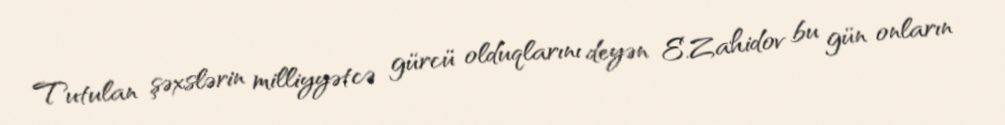
Tutulan şəxslərin milliyyətcə gürcü olduqlarını deyən E.Zahidov bu gün onların